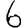
Digit: 6